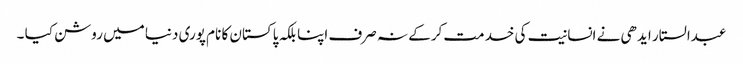
عبدالستار ایدھی نے انسانیت کی خدمت کرکے نہ صرف اپنا بلکہ پاکستان کا نام پوری دنیا میں روشن کیا ۔